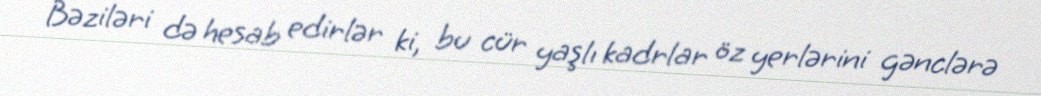
Bəziləri də hesab edirlər ki, bu cür yaşlı kadrlar öz yerlərini gənclərə